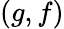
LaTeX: (g,f)